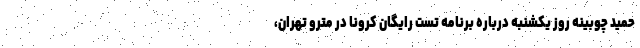
حمید چوبینه روز یکشنبه درباره برنامه تست رایگان کرونا در مترو تهران،